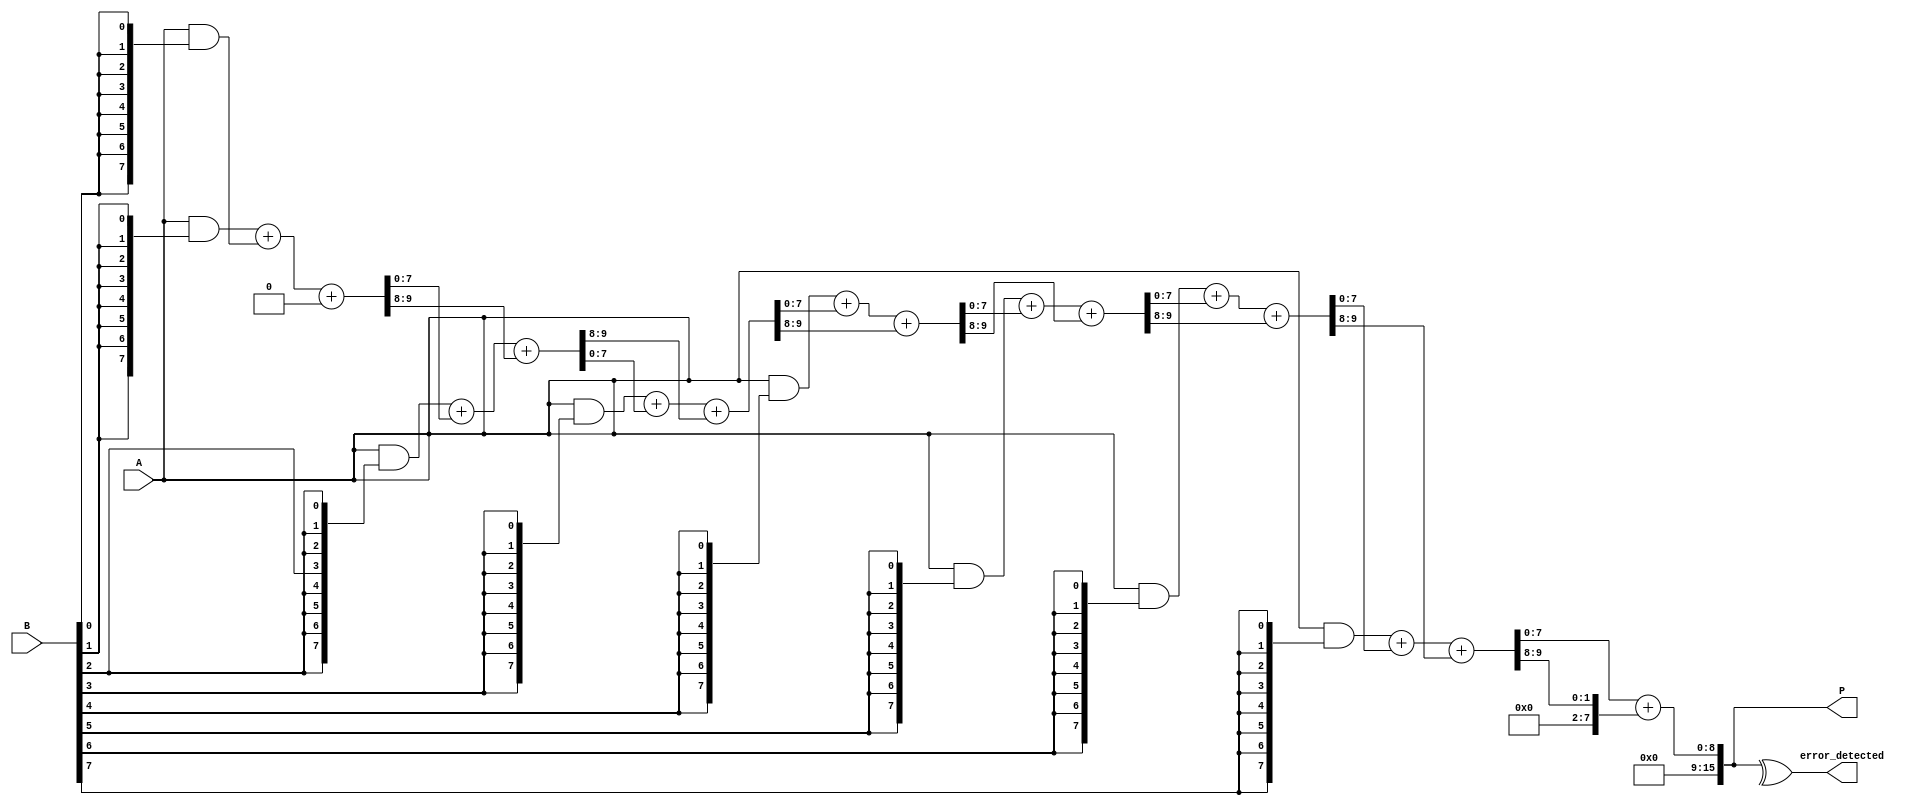
module FaultTolerantWallaceTreeMultiplier #(parameter WIDTH = 8) (
    input [WIDTH-1:0] A,
    input [WIDTH-1:0] B,
    output reg [2*WIDTH-1:0] P,
    output reg error_detected
);

// Partial Product Generation
wire [WIDTH-1:0] partial_products[WIDTH-1:0];
genvar i;
generate
    for (i = 0; i < WIDTH; i = i + 1) begin : pp_gen
        assign partial_products[i] = A & {WIDTH{B[i]}};
    end
endgenerate

// Wallace Tree Reduction using Carry-Save Adders (CSAs)
wire [WIDTH-1:0] sum[WIDTH:0];
wire [WIDTH-1:0] carry[WIDTH:0];

genvar j;
generate
    for (j = 0; j < WIDTH; j = j + 1) begin : wallace_tree
        if (j == 0) begin
            assign sum[j] = partial_products[j];
            assign carry[j] = 0;
        end else if (j < WIDTH) begin
            // 3-input CSA
            assign {carry[j], sum[j]} = partial_products[j] + sum[j-1] + carry[j-1];
        end
    end
endgenerate

// Final Addition Stage
wire [2*WIDTH-1:0] final_sum;
wire [2*WIDTH-1:0] final_carry;

assign {final_carry, final_sum} = {1'b0, sum[WIDTH-1]} + {1'b0, carry[WIDTH-1]};

// Error Detection (simple parity check for demonstration)
always @(*) begin
    error_detected = ^final_sum; // Simple parity check
end

// Final Product Assignment
always @(*) begin
    P = final_sum; // Assign the final product
end

endmodule